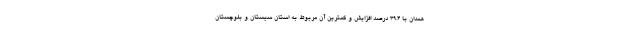
همدان با ٣٩.٤ درصد افزایش و کمترین آن مربوط به استان سیستان و بلوچستان